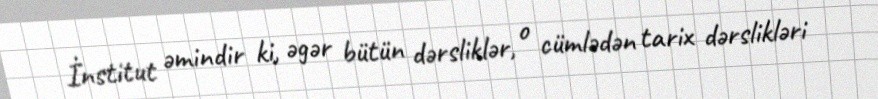
İnstitut əmindir ki, əgər bütün dərsliklər, o cümlədən tarix dərslikləri